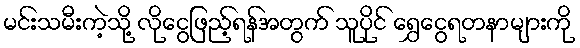
မင်းသမီးကဲ့သို့ လိုငွေဖြည့်ရန်အတွက် သူပိုင် ရွှေငွေရတနာများကို